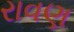
રાવણ